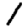
Digit: 1